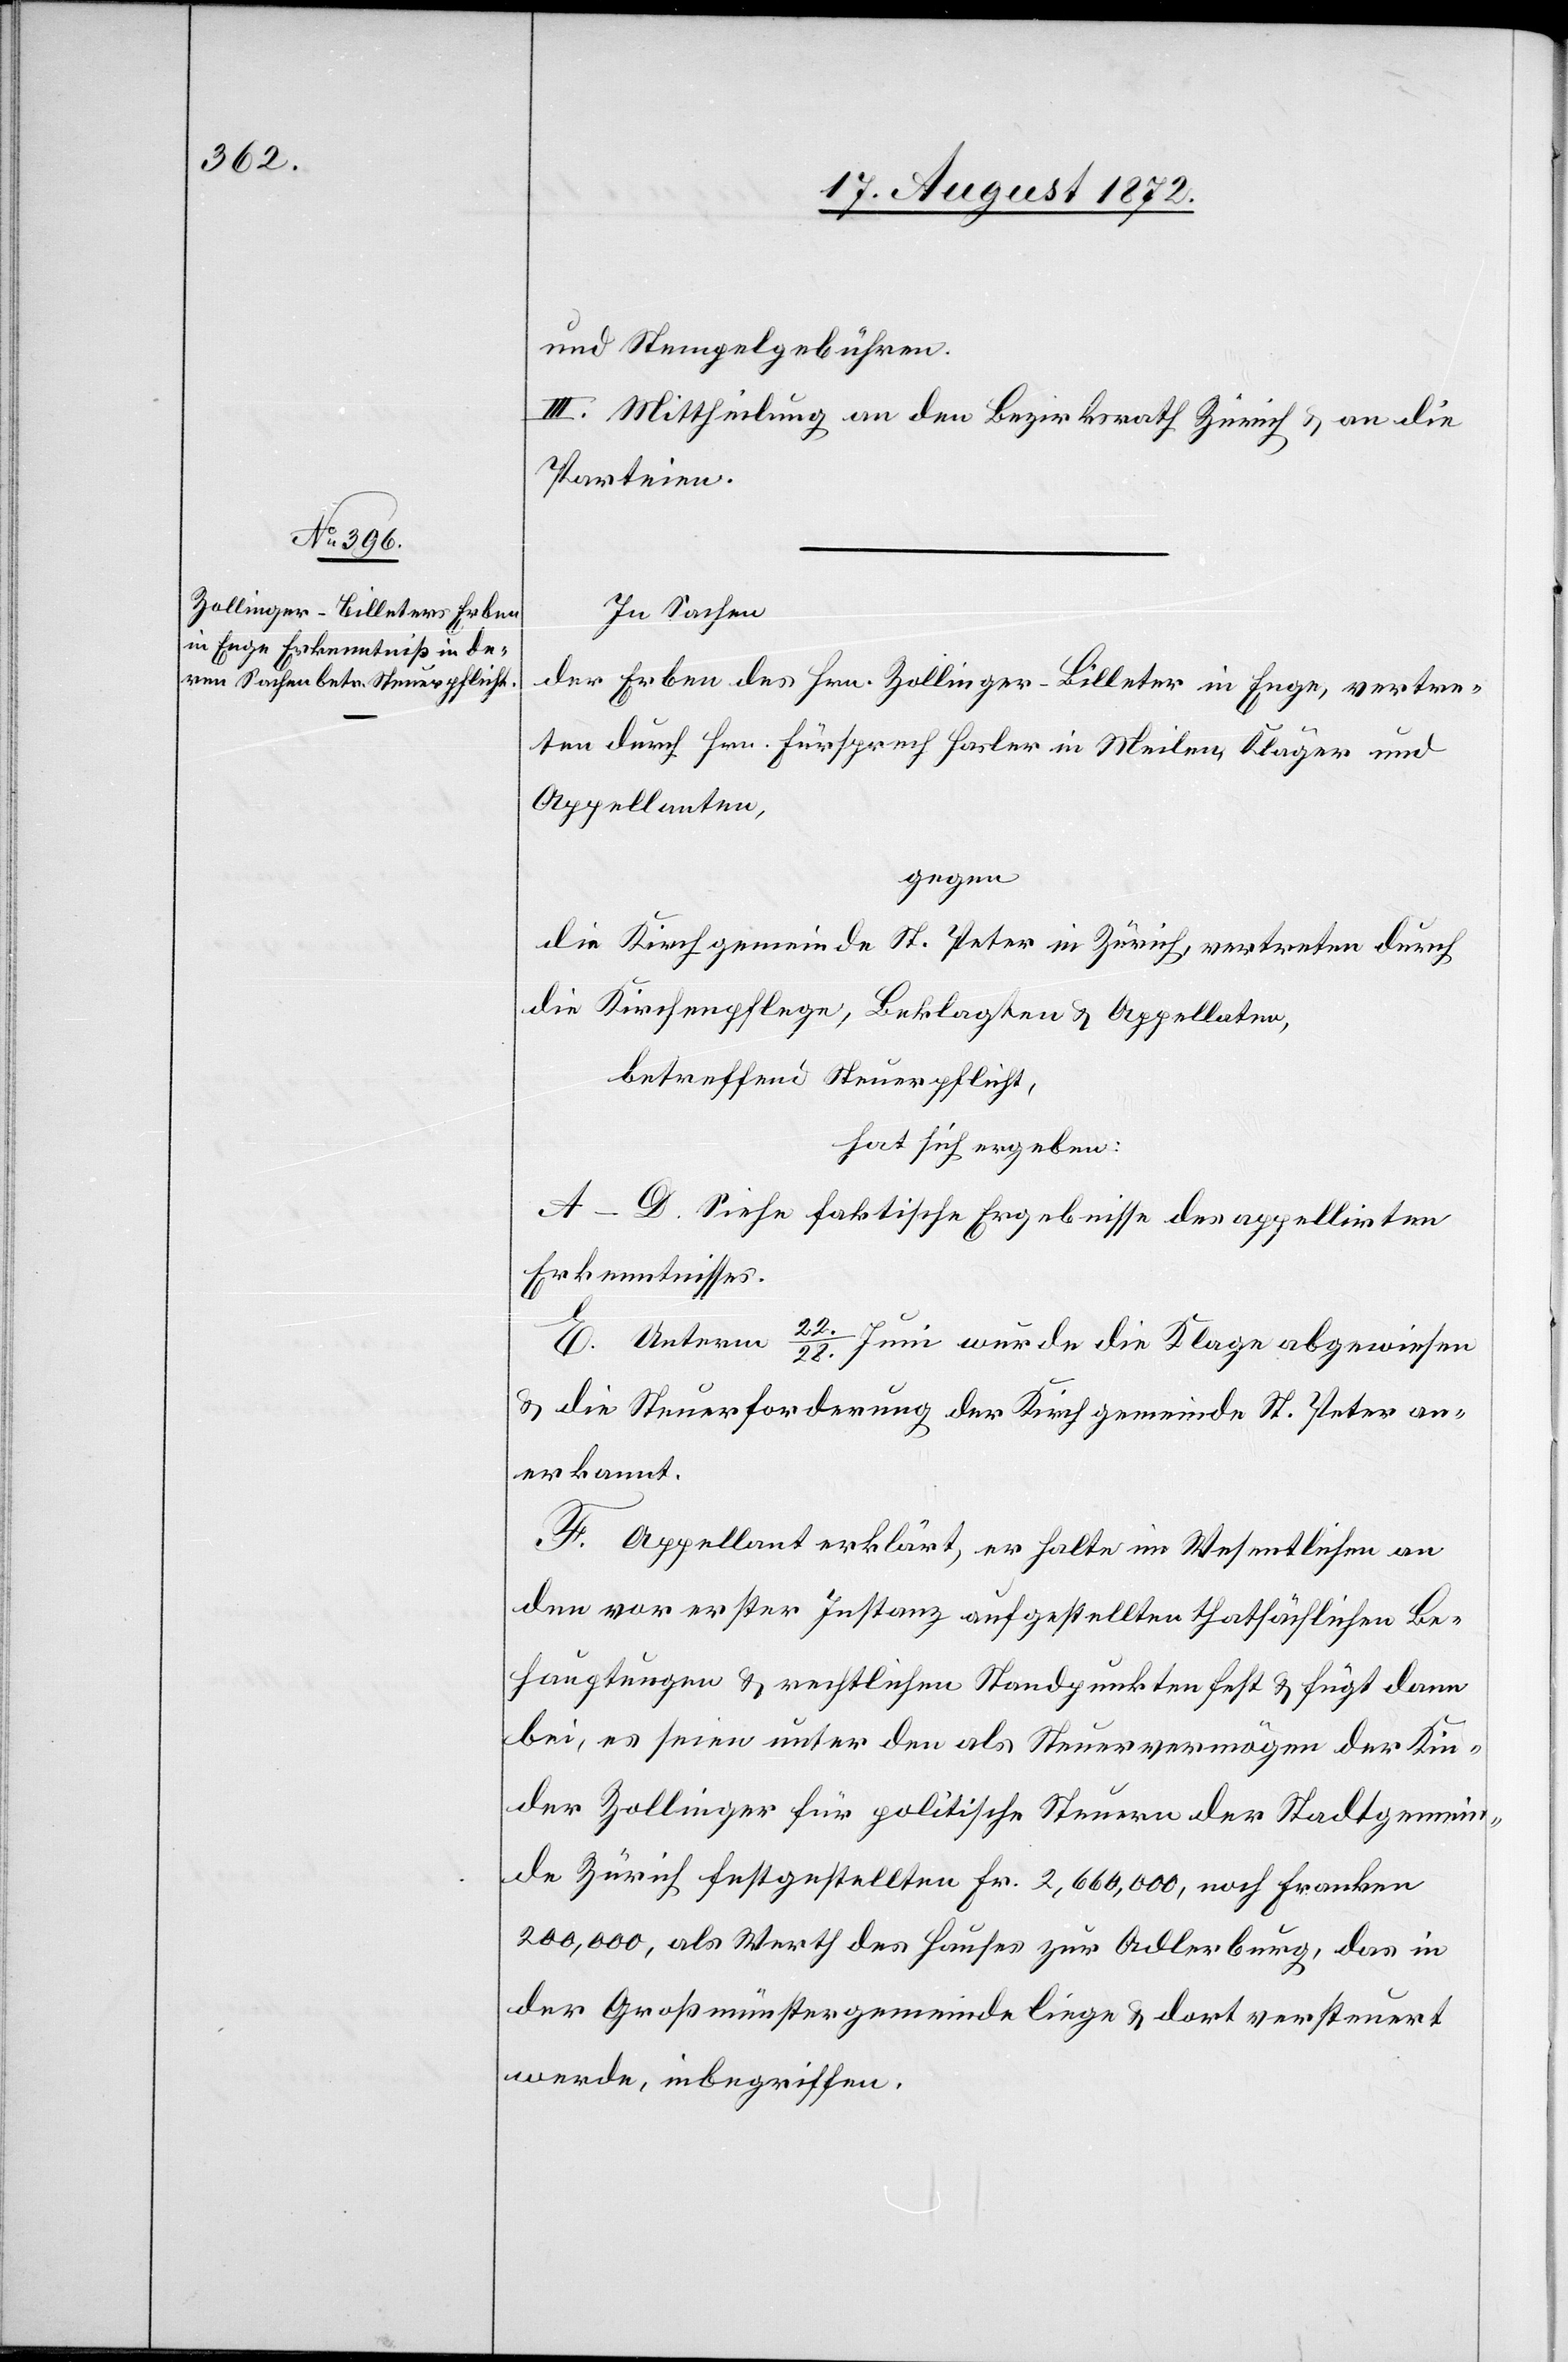
und Stempelgebühren.
III. Mittheilung an den Bezirksrath Zürich u. an die
Parteien.
In Sachen
der Erben des Hrn. Zollinger-Billeter in Enge, vertre¬
ten durch Hrn. Fürsprech Hasler in Meilen, Kläger und
Appellanten,
gegen
die Kirchgemeinde St. Peter in Zürich vertreten durch
die Kirchenpflege, Beklagten u. Appellaten,
betreffend Steuerpflicht,
hat sich ergeben:
A–D. Siehe faktische Ergebnisse des appellirten
Erkenntnisses.
E. Unterm 22./28. Juni wurde die Klage abgewiesen
u. die Steuerforderung der Kirchgemeinde St. Peter an¬
erkannt.
F. Appellant erklärt, er halte im Wesentlichen an
den vor erster Instanz aufgestellten thatsächlichen Be¬
hauptungen u. rechtlichen Standpunkten fest u. fügt dann
bei, es seien unter den als Steuervermögen der Kin¬
der Zollinger für politische Steuern der Steuergemein¬
de Zürich festgestellten Fr. 2,660,000, noch Franken
200,000, als Werth des Hauses zur Adlerburg, das in
der Großmünstergemeinde liege u. dort versteuert
werde, inbegriffen.